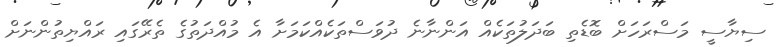
ސިޔާސީ މަސްރަހަށް ބޮޑެތި ބަދަލުތަކެއް އަންނާނެ ދުވަސްތަކެއްކަމަށާ އެ މުއްދަތުގެ ތެރޭގައި ރައްޔިތުންނަށް